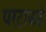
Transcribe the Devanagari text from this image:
परटाकडे